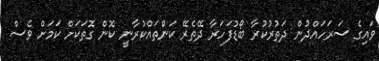
ވައިގެ ސަރަހައްދުން ދަތުރުކުރާ ބޯޑުފަހަރާ ދޭތެރޭ ކަންތައްކުރާނީ ކޮން ގޮތަކަށް ކަމަށް ވެސް